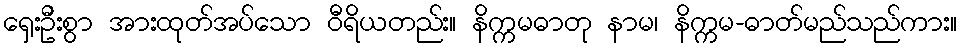
ရှေးဦးစွာ အားထုတ်အပ်သော ဝီရိယတည်း။ နိက္ကမဓာတု နာမ၊ နိက္ကမ-ဓာတ်မည်သည်ကား။